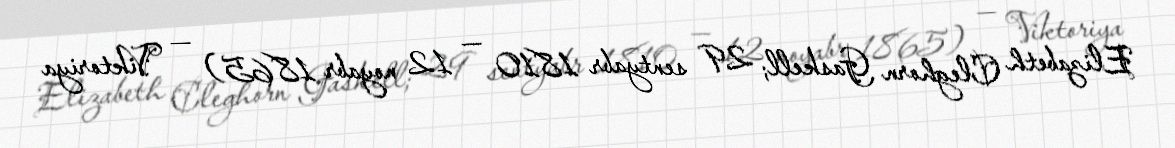
Elizabeth Cleghorn Gaskell; 29 sentyabr 1810 — 12 noyabr 1865) — Viktoriya